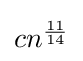
{\textstyle cn^{\frac {11}{14}}}